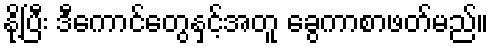
နို့ပြီး ဒီကောင်တွေနှင့်အတူ ခွေကာစာဖတ်မည်။